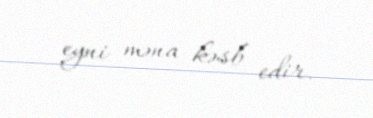
eyni məna kəsb edir.